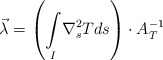
\begin{align*}\vec\lambda = \left(\underset{I}{\int}\nabla_{s}^{2} T ds \right) \cdot A_T^{-1}\end{align*}